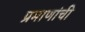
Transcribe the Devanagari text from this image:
प्रमाणांची